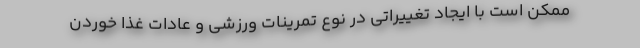
ممکن است با ایجاد تغییراتی در نوع تمرینات ورزشی و عادات غذا خوردن